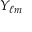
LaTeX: Y _ { \ell m }